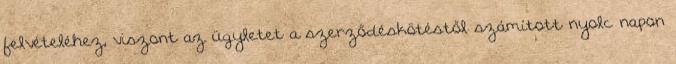
felvételéhez, viszont az ügyletet a szerződéskötéstől számított nyolc napon